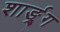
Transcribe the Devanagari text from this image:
शार्ङ्र्ग